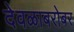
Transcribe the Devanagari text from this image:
देवळाबरोबर